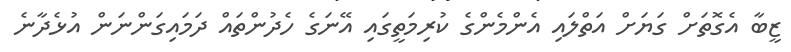
ޒީބާ އެގޮތަށް ގަޔަށް އަތްލައި އެންމެންގެ ކުރިމަތީގައި އޭނަގެ ހެދުންތައް ދަމައިގަންނަން އުޅެދާނެ